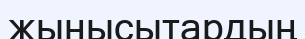
жынысытардың